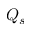
Q _ { s }